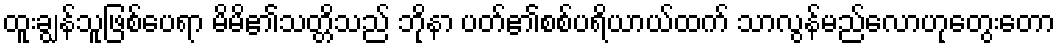
ထူးချွန်သူဖြစ်ပေရာ မိမိ၏သတ္တိသည် ဘိုနာ ပတ်၏စစ်ပရိယာယ်ထက် သာလွန်မည်လောဟုတွေးတော